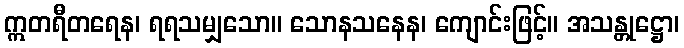
ဣတရီတရေန၊ ရရသမျှသော။ သောနသနေန၊ ကျောင်းဖြင့်။ အသန္တုဋ္ဌော၊